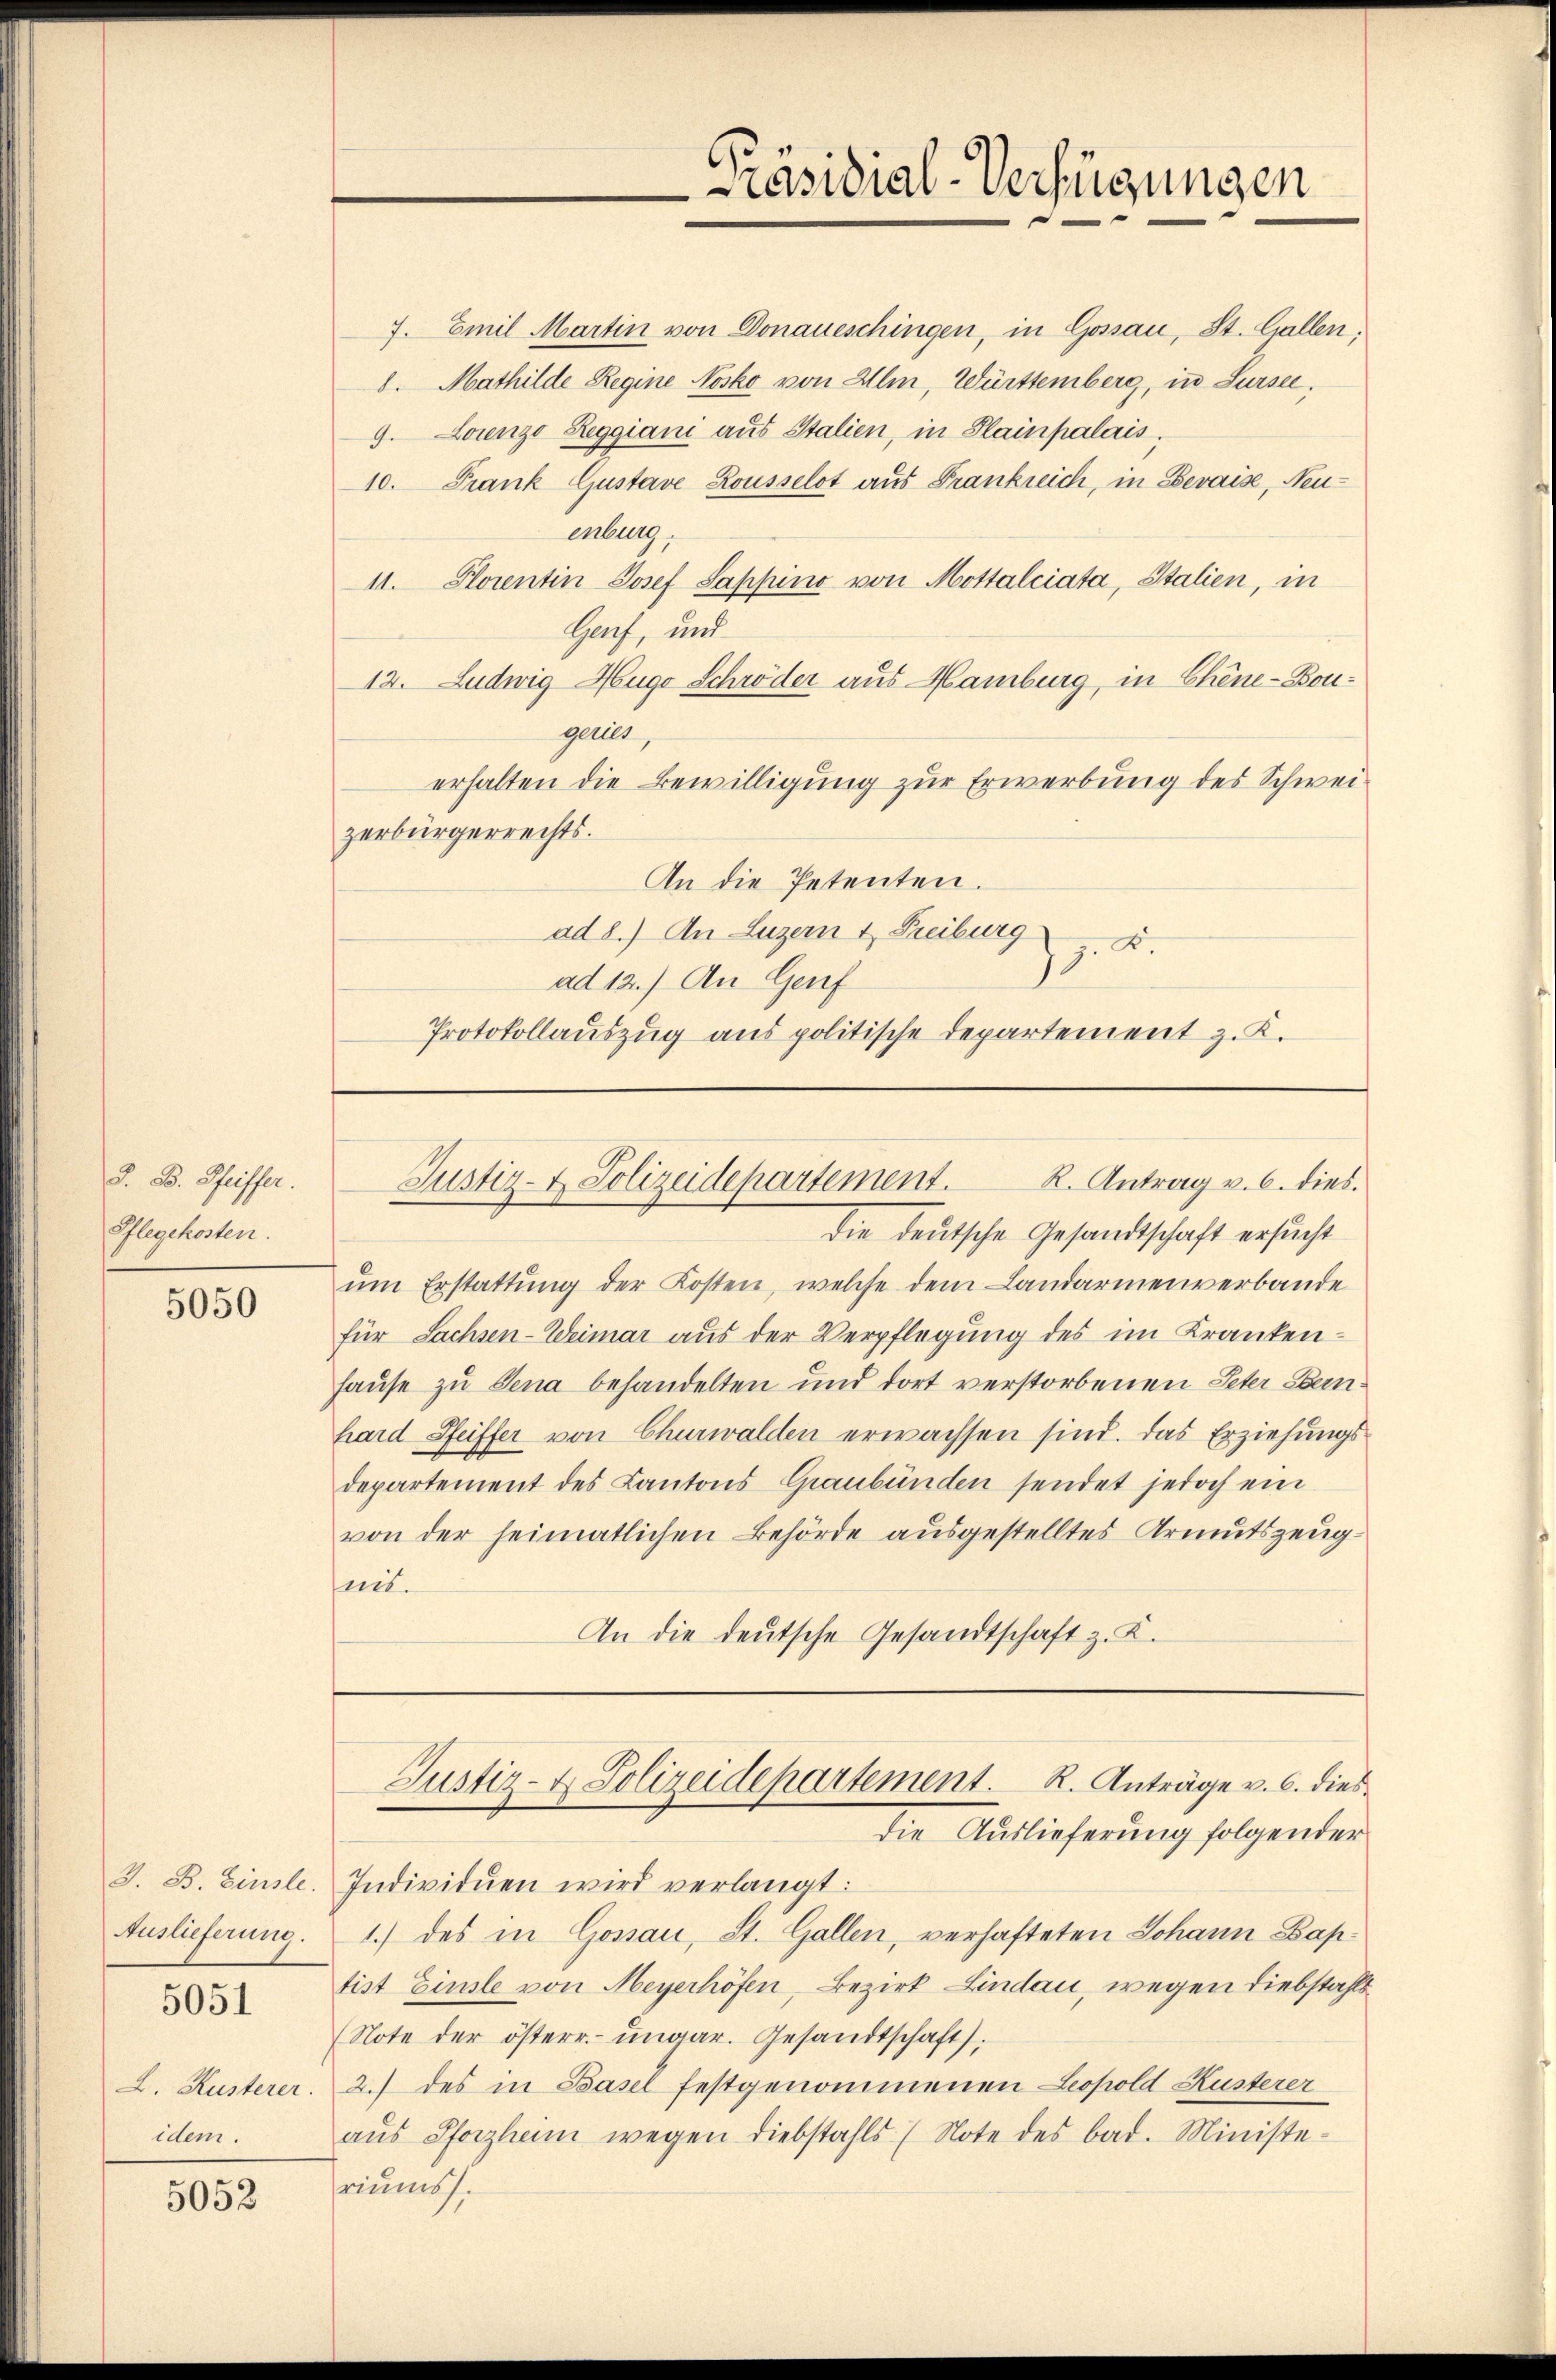
S. Bd. Pfeiffer.
Pflegekosten.

5050

Auslieferung.
5051
L. Kusterer.
idem.

5052

7. Emil Martin von Donaueschingen, in Gossau, St. Gallen;
8. Mathilde Regine Nosko von Alm, Württemberg, in Sursee.
9. Lorenzo Reggiani aus Stalien, in Plainpalais,
10. Frank Gustave Rousselst aus Frankreich, in Bevaise, Neuenburg
11. Florentin Josef Sappino von Mottalciata, Italien, in
Haf, und
12. Ludwig Hugo Schröder aus Hamburg, in Chine-Bougeriet
erhalten die Bewilligung zur Erwerbung des Schweizerbürgerrechts.
An die Petenten.
ad 8.) An Luzern & Freiburg
.A.
ad 12.) An Genf
Protokollauszug aus politische Departement z. K.

die deutsche Gesandtschaft ersucht
ŭm Erstattŭng der Kosten, welche dem Landarmenverbande
für Sachsen-Weimar aus der Verpflegung des im Kranken-
hause zu Jena behandelten und dort verstorbenen Peter Bernhard Pfeiffer von Churwalden erwachsen sind. Das Erziehungsdepartement des Kantons Graubünden sendet jedoch ein
von der heimatlichen Behörde ausgestelltes Armutszeugeit.
An die deutsche Gesandtschaft z. K.

Präsidial-Verfügungen

R. Antrag v. 6. dies.
Justiz- & Polizeidepartement.

Justiz- & Polizeidepartement. R. Anträge v. 6. dies
die Auslieferung folgender

3. B. Einste. Individuen wird verlangt:
1.) des in Gossau, St. Gallen, verhafteten Johann Baptist Einste von Meyerhöfen, Bezirk Lindau, wegen Diebstahls¬
(Note der österr. ungar. Gesandtschaft,
2.) des in Basel festgenommenen Leopold Kusterer
aŭs Pforzheim wegen diebstahls (Note des bad. Ministe-
riums.